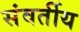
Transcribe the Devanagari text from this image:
संवर्तीय